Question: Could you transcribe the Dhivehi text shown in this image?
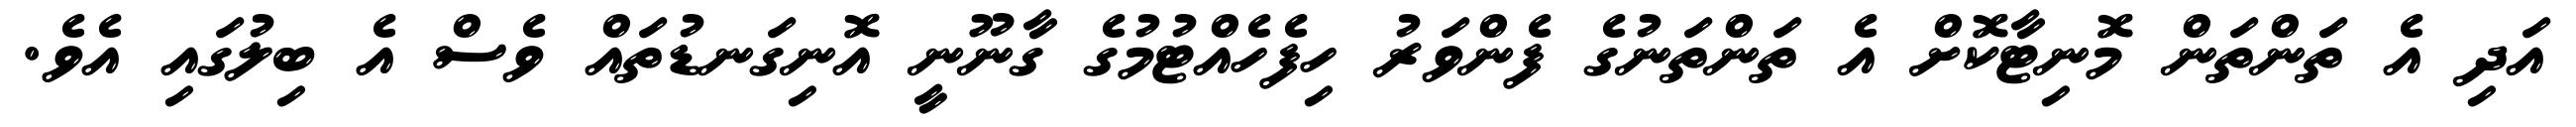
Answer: އަދި އެ ތަންތަން މޮނިޓާކޮށް އެ ތަންތަނުގެ ފެންވަރު ހިފެހެއްޓުމުގެ ގާނޫނީ އޮނިގަނޑުތައް ވެސް އެ ބިލުގައި އެވެ.